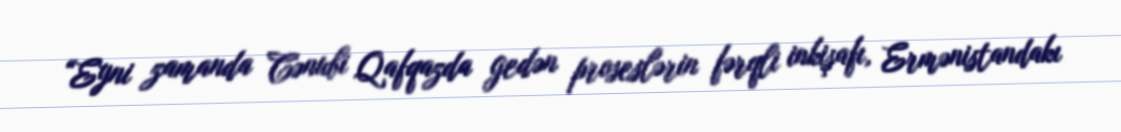
“Eyni zamanda Cənubi Qafqazda gedən proseslərin fərqli inkişafı, Ermənistandakı